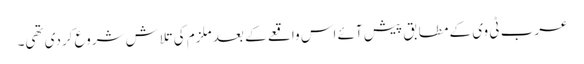
عرب ٹی وی کے مطابق پیش آئے اس واقعے کے بعد ملزم کی تلاش شروع کردی تھی۔